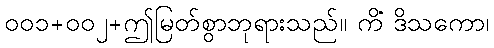
၀၀၁+၀၀၂+ဤမြတ်စွာဘုရားသည်။ ကိံ ဒိသကော၊